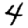
Digit: 4